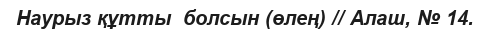
Наурыз құтты  болсын (өлең) // Алаш, № 14.